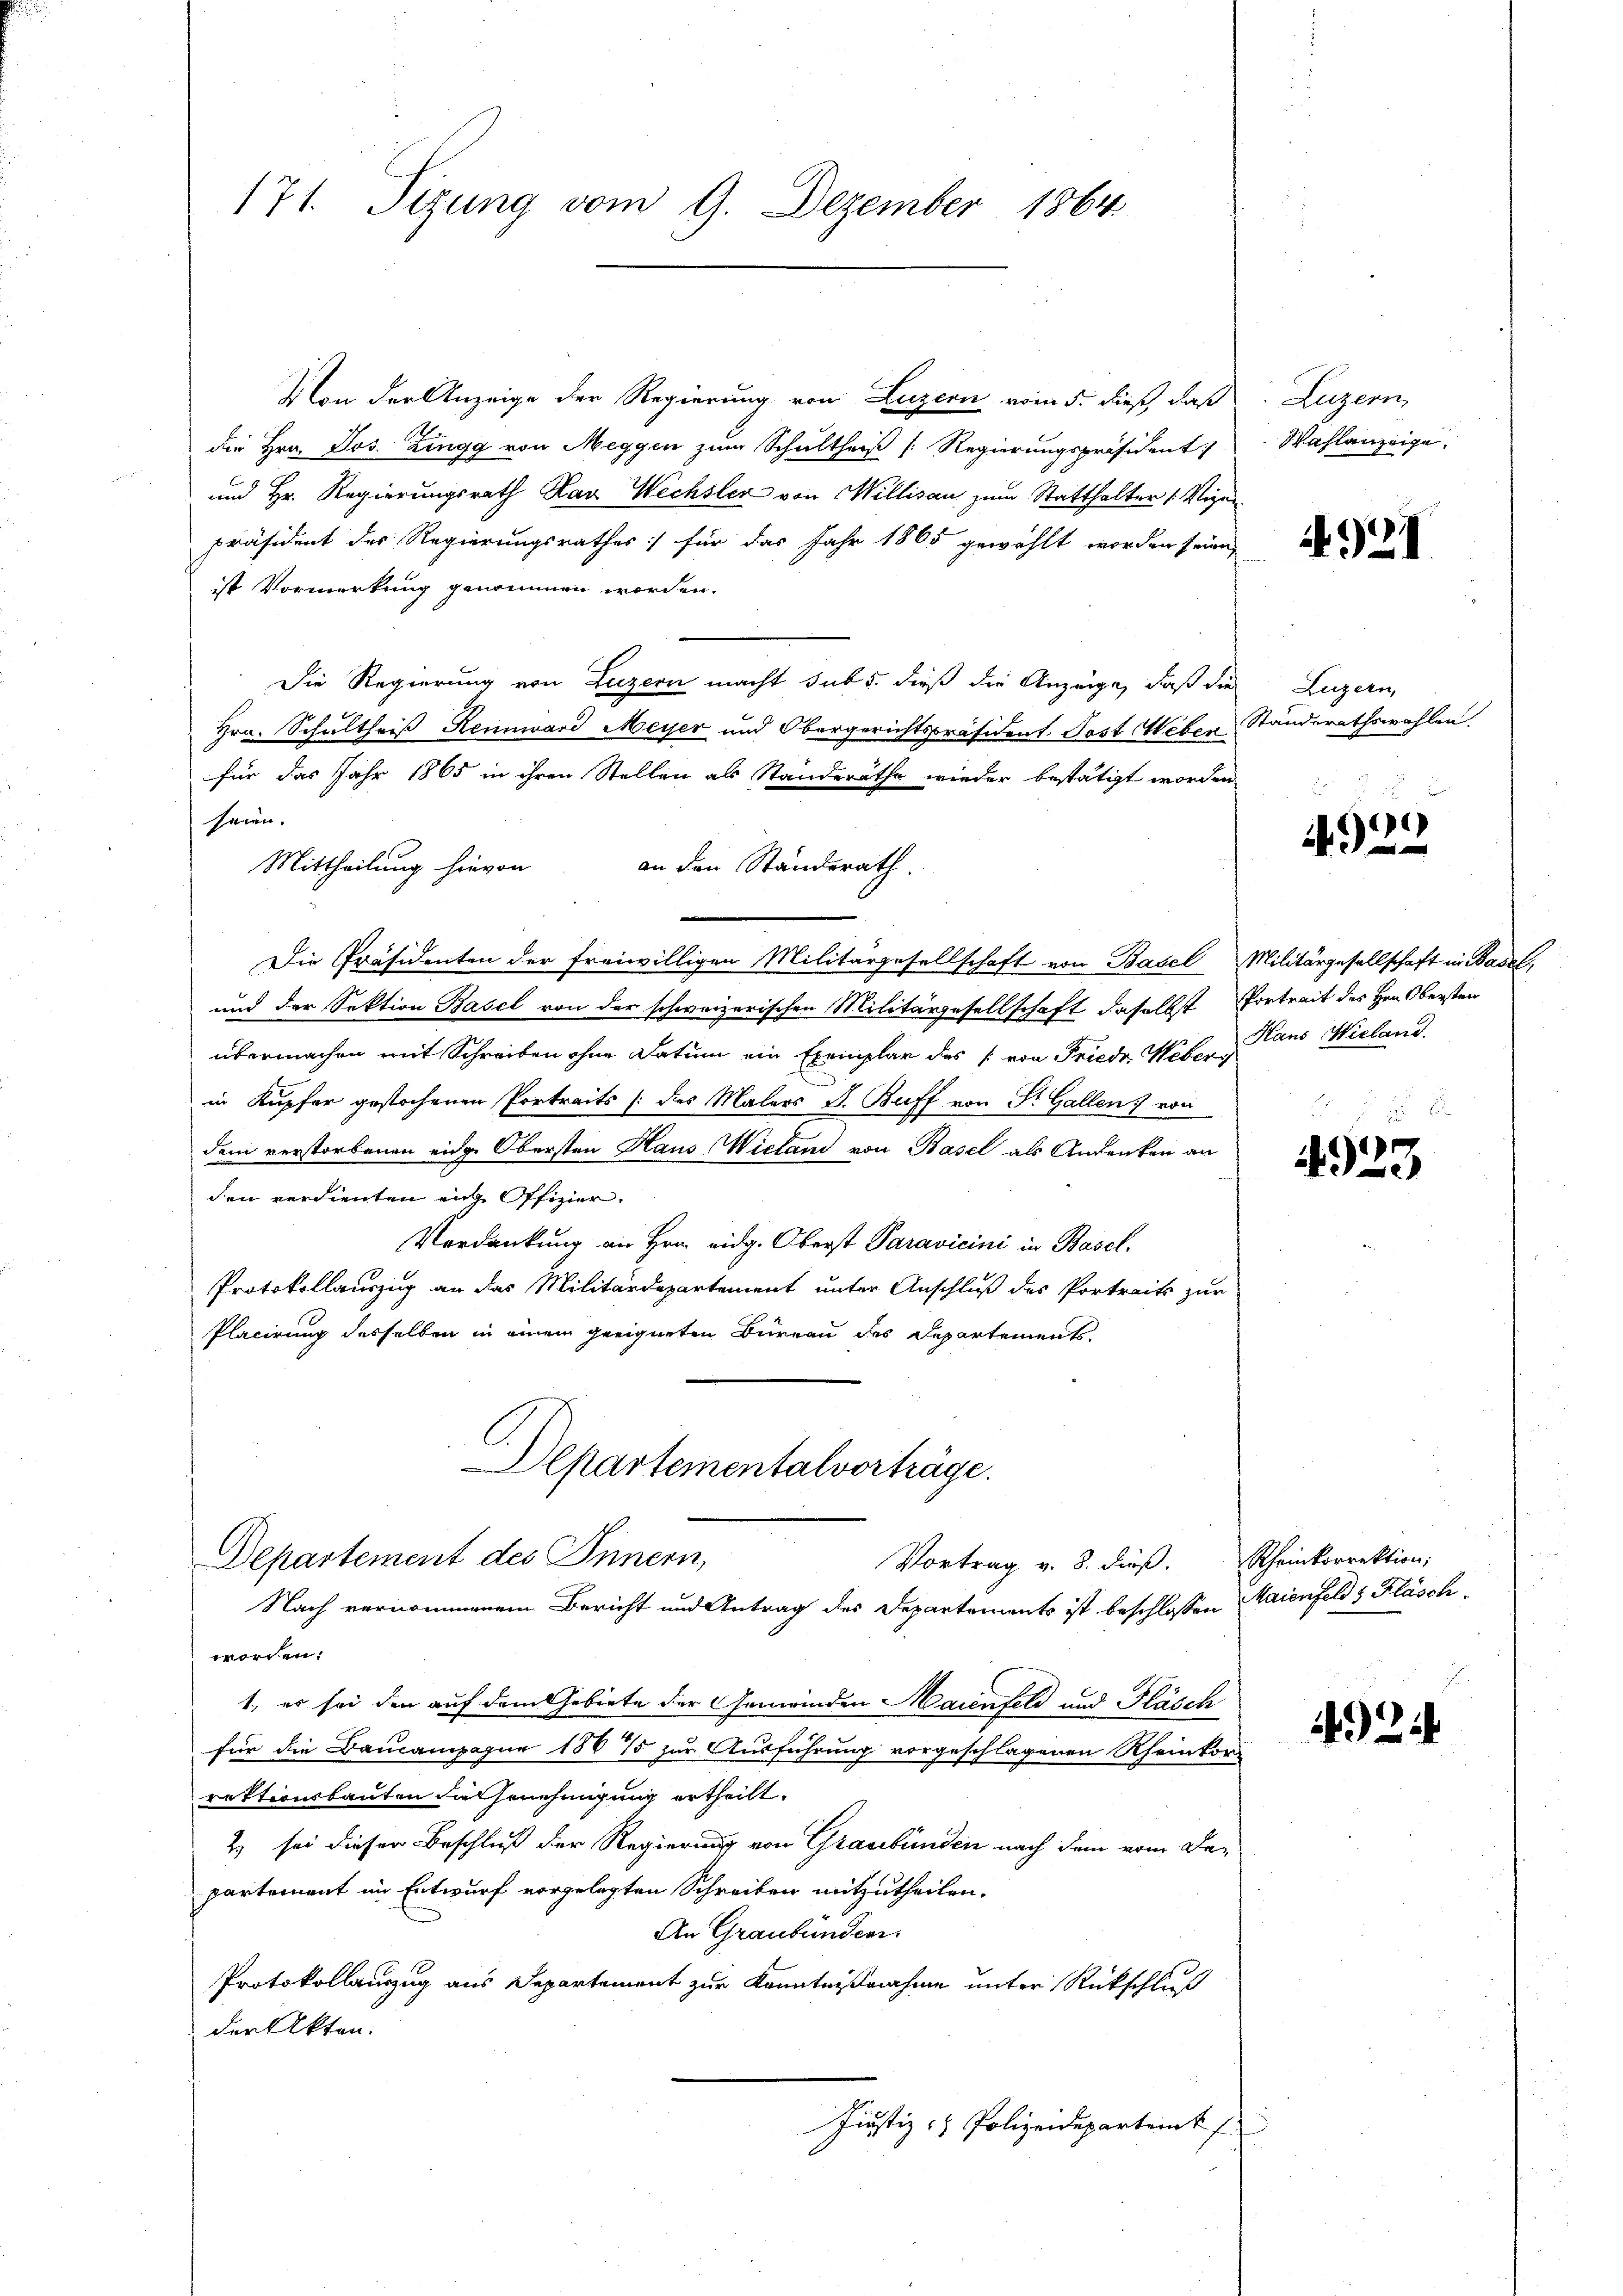
171. Tizung vom 9. Dezember 1864.

Von der Anzeige der Regierung von Luzern vom 5. dieß, daß
die Hrn. Jos. Zingg von Meggen zum Schultheiß [Regierungspräsident
und Hr. Regierungsrath Kav Wechsler von Millisau zum Statthalter /: Vize
Präsident des Regierungsrathes :/ für das Jahr 1865 gewählt worden seinen
ist Vormerkung genommen worden.
Die Regierung von Luzern macht sub 5. dieß die Anzeige, daß die
Hrn. Schultheiß Rennward Meyer und Obergerichtspräsident. Post Heben
x
für das Jahr 1865 in ihren Stellen als Standeräthe wieder bestätigt worden
seien.
Mittheilung hievon
an den Standerath.
u
Die Präsidenten der freiwilligen Militärgesellschaft von Basel Militärgesellschaft in Basel,
und der Sektion Basel von der schweizerischen Militärgesellschaft daselbst Portreit des Hrn. Obersten
übermachen mit Schreiben ohne Datum ein Exemplar des von Friede Weber aus Wieland.
in Kupfer gestochenen Portreits (des Malers J. Buff von Sr. Gallen von
dem verstorbenen eidge Obersten Haus Wieland von Basel als Andenken an
den verdienten eige Offizier.
Verdankung an Hrn. eidg. Oberst Paravicini in Basel.
Protokollauszug an das Militärdepartement unter Anschluß des Portraits zur
Placirung desselben in einem geeigneten Bureau des Departements-
Departementalvorträge.
Departement des Innern,
Vortrag v. 8. dieβ. Rheinkorrektion;
Nach vernommenem Bericht und Antrag des Departements ist beschlossen Maienfeld & Fläsch
worden:
1., es sei den auf dem Gebiete der Gemeinden Maienfeld und Pläsch
für die Baucampagne 186 75 zur Ausführung vorgeschlagenen Rheinkon
rektionsbauten die Genehmigung ertheilt.
2 sei dieser Beschluß der Regierung von Graubünden nach dem vom Departement im Entwurf vorgelegten Schreiben mitzutheilen.
An Graubünden
Protokollauszug aus Departement zur Kenntnißnahme unter Rückschluß
der Akten.
Justiz- & Polizeideparteit

Luzern,
Waflanzeige.

4921

Luzern,
Standerathswahlen.

4922

4923

492